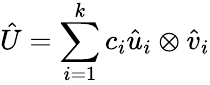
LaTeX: \hat{U}=\sum_{i=1}^{k}c_{i}\hat{u}_{i}\otimes\hat{v}_{i}